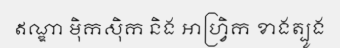
ឥណ្ឌា ម៉ិកស៊ិក និង អាហ្វ្រិក ខាងត្បូង